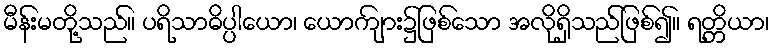
မီန်းမတို့သည်။ ပရိသာဓိပ္ပါယော၊ ယောကျ်ား၌ဖြစ်သော အလိုရှိသည်ဖြစ်၍။ ရတ္တိယာ၊